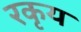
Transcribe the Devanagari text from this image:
रकृय